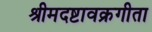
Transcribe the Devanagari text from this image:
श्रीमदष्टावक्रगीता